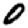
Digit: 0